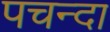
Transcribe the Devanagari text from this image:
पचन्दा